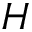
H